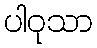
ပါဝုသာ